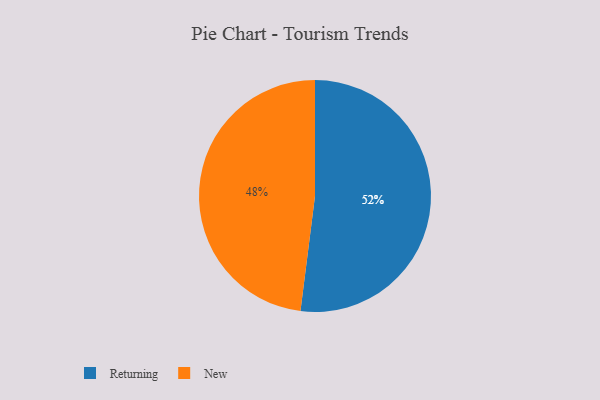
{"axis": {"x": "Category", "y": "Percentage"}, "legend": ["New", "Returning"], "data": [{"x": "Returning", "y": 52, "type": "Returning"}, {"x": "New", "y": 48, "type": "New"}]}